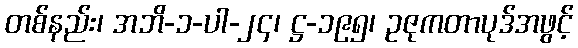
တစ်နည်း၊ အဘိ-၁-ပါ-၂၄၊ ဋ္ဌ-၁၉၅၊ ဥဇုကတာပုဒ်အဖွင့်